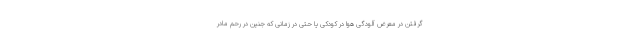
گرفتن در معرض آلودگی هوا در کودکی یا حتی در زمانی که جنین در رحم مادر